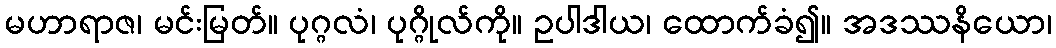
မဟာရာဇ၊ မင်းမြတ်။ ပုဂ္ဂလံ၊ ပုဂ္ဂိုလ်ကို။ ဥပါဒါယ၊ ထောက်ခံ၍။ အဒဿနိယော၊